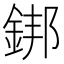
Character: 𨧜